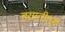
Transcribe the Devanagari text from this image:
हयातीतही